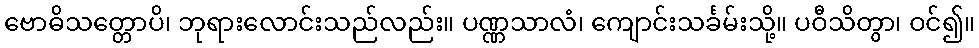
ဗောဓိသတ္တောပိ၊ ဘုရားလောင်းသည်လည်း။ ပဏ္ဏသာလံ၊ ကျောင်းသင်္ခမ်းသို့။ ပဝီသိတွာ၊ ဝင်၍။